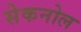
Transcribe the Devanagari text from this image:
सेकनोल